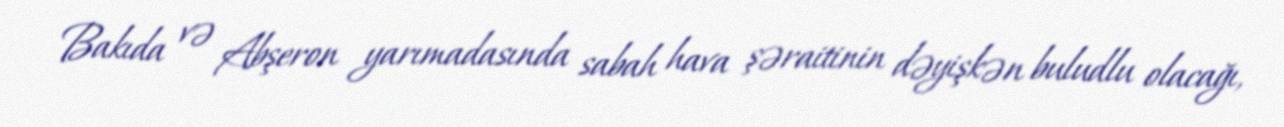
Bakıda və Abşeron yarımadasında sabah hava şəraitinin dəyişkən buludlu olacağı,